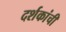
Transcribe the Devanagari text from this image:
दर्शकांची